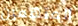
المتهمين